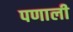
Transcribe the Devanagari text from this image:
पणाली